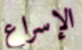
الإسراع